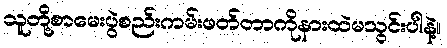
သူတို့စာမေးပွဲစည်းကမ်းဖတ်တာကိုနားထဲမသွင်းပါနဲ့။